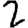
Digit: 2